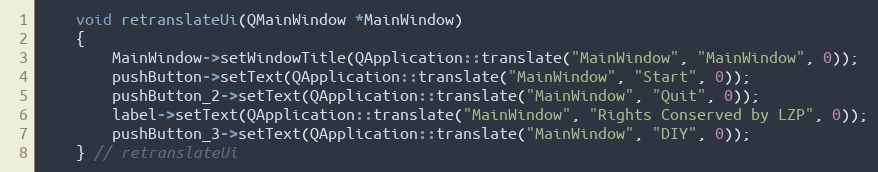
Language: C
    void retranslateUi(QMainWindow *MainWindow)
    {
        MainWindow->setWindowTitle(QApplication::translate("MainWindow", "MainWindow", 0));
        pushButton->setText(QApplication::translate("MainWindow", "Start", 0));
        pushButton_2->setText(QApplication::translate("MainWindow", "Quit", 0));
        label->setText(QApplication::translate("MainWindow", "Rights Conserved by LZP", 0));
        pushButton_3->setText(QApplication::translate("MainWindow", "DIY", 0));
    } // retranslateUi